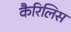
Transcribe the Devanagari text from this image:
कैरिलिस